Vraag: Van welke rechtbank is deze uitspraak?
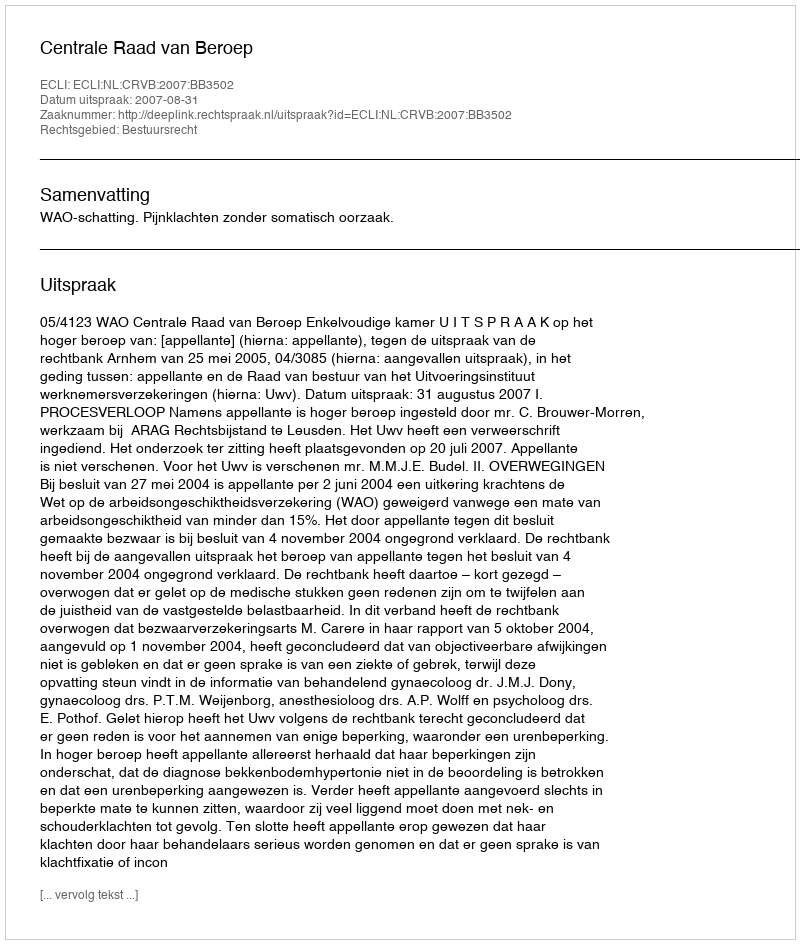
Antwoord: Centrale Raad van Beroep